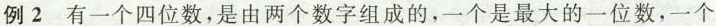
例2 有一个四位数，是由两个数字组成的，一个是最大的一位数，一个